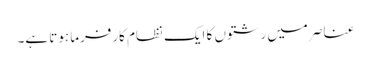
عناصر میں رشتوں کا ایک نظام کارفرما ہوتا ہے۔